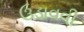
ઉડાવવી